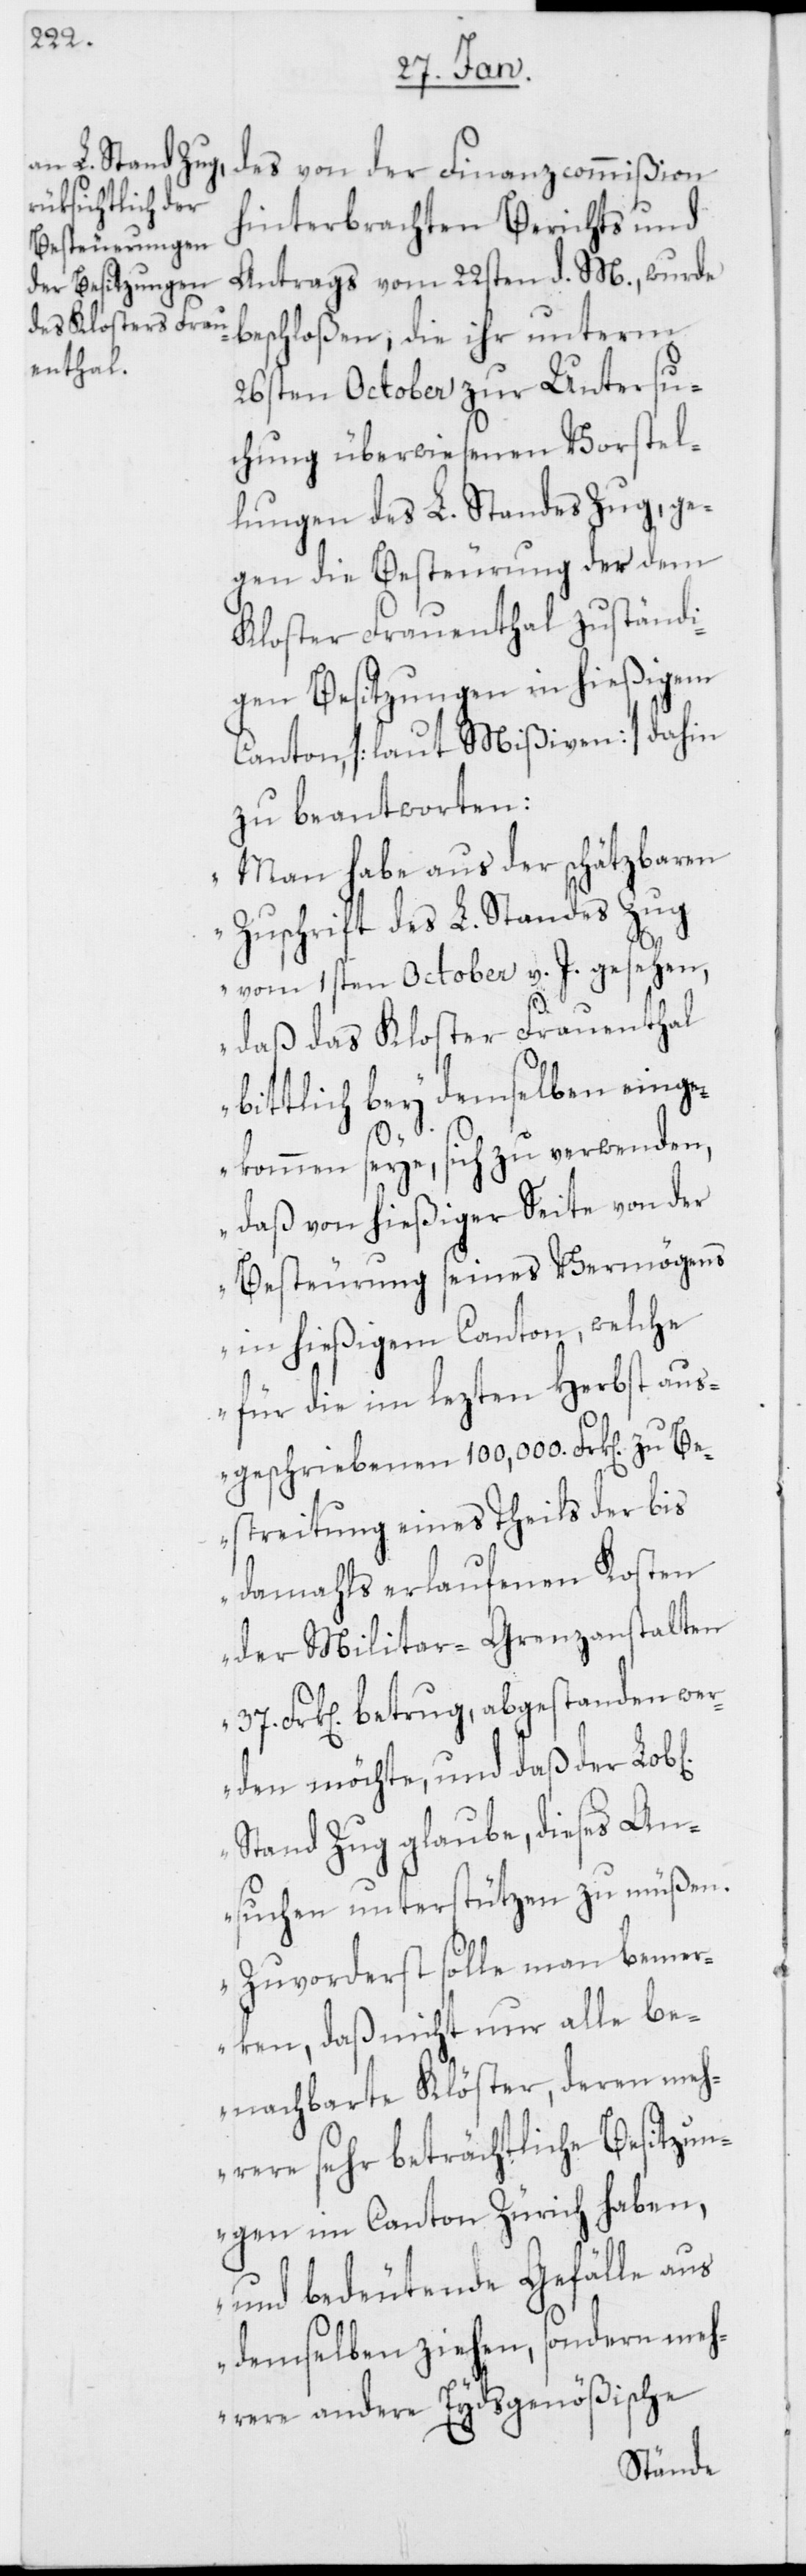
des von der Finanzcommißion
hinterbrachten Berichts und
Antrags vom 22sten d. M., wurde
beschloßen, die ihr unterm
26sten October zur Untersu¬
chung überwiesenen Vorstel¬
lungen des L. Standes Zug, ge¬
gen die Besteurung der dem
Kloster Frauenthal zuständi¬
gen Besitzungen in hießigem
Canton [laut Mißiven] dahin
zu beantworten:
„Man habe aus der schätzbaren
Zuschrift des L. Standes Zug
vom 1sten October v. J. gesehen,
daß das Kloster Frauenthal
bittlich bey demselben eing¬
he]
ekommen seye, sich zu verwenden,
daß von hießiger Seite von der
Besteurung seines Vermögens
in hießigem Canton, welche
für die im lezten Herbst aus¬
geschriebenen 100,000 Frk[en] zu Be¬
streitung eines Theils der bis
damahls erlaufenen Kosten
der Militair-Grenzanstalten
37. Frk. betrug, abgestanden wer¬
den möchte, und daß der Lob[l¬
Stand Zug glaube, dieses An¬
suchen unterstützen zu müßen.
Zuvorderst solle man bemer¬
ken, daß nicht nur alle be¬
nachbarte Klöster, deren meh¬
rere sehr beträchtliche Besitzun¬
gen im Canton Zürich haben,
und bedeutende Gefälle aus
demselben ziehen, sondern meh¬
rere andere Eydsgenößische